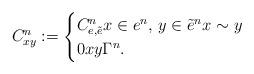
LaTeX: \begin{align*}C^n_{xy}:=\begin{cases}C^n_{e,\tilde{e}} x\in e^n, \,y\in\tilde{e}^n x\sim y\\0 x y \Gamma^n.\end{cases}\end{align*}